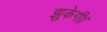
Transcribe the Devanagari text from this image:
झुकेगी।